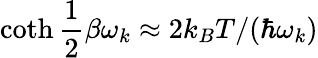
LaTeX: \coth\frac 12\beta\omega_{k}\approx 2k_{B}T/(\hbar\omega_{k})